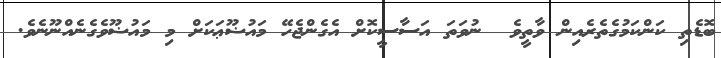
ބޮޑެތި ކަންކަމުގެތެރެއިން ވާތީވެ  ނުވަތަ އަސާސީކޮށް އެގެންޖެހޭ މައުޟޫޢަކަށް މި މައުޟޫވެގެނެއްނޫނެވެ.